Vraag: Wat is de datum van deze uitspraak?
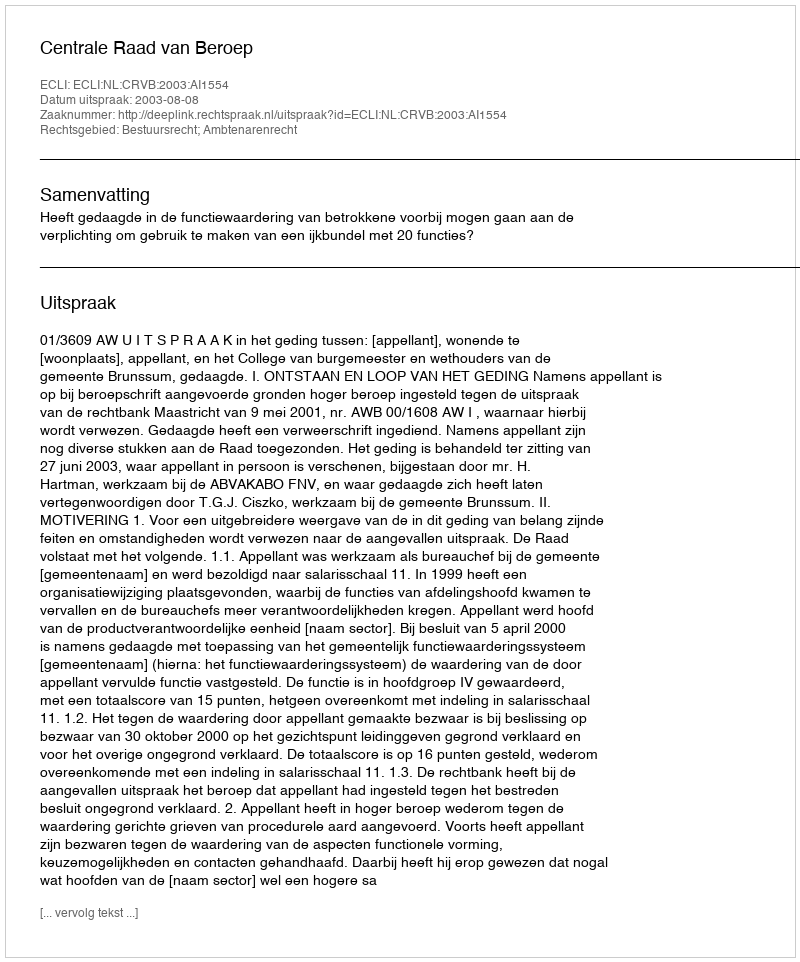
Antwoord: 2003-08-08